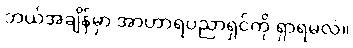
ဘယ်အချိန်မှာ အာဟာရပညာရှင်ကို ရှာရမလဲ။